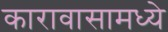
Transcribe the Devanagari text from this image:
कारावासामध्ये